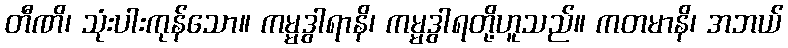
တီဏိ၊ သုံးပါးကုန်သော။ ကမ္မဒွါရာနိ၊ ကမ္မဒွါရတို့ဟူသည်။ ကတမာနိ၊ အဘယ်